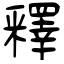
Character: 釋